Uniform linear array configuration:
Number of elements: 24
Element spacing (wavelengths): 0.75
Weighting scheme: exponential
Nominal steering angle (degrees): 0
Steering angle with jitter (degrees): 1.571
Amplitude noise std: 0.05
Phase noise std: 0.05

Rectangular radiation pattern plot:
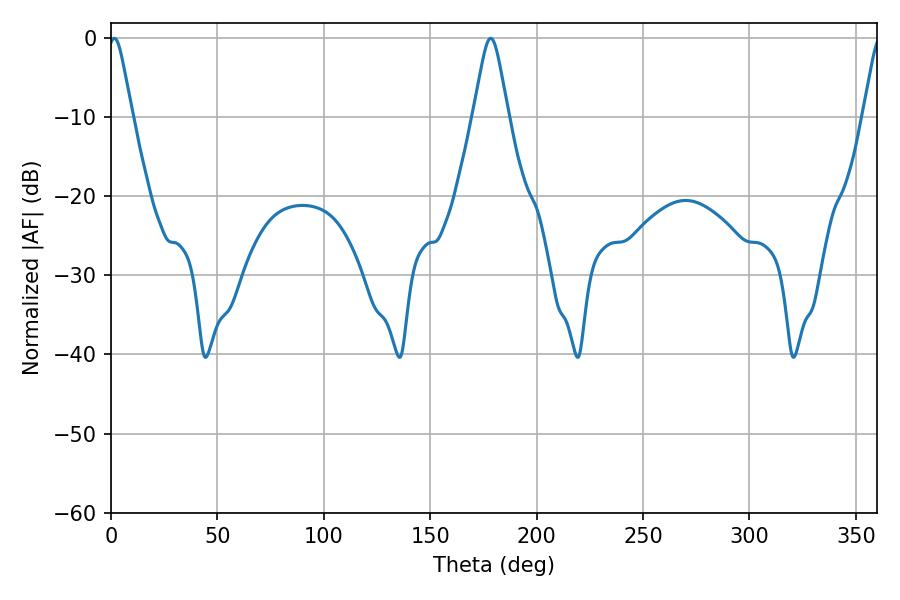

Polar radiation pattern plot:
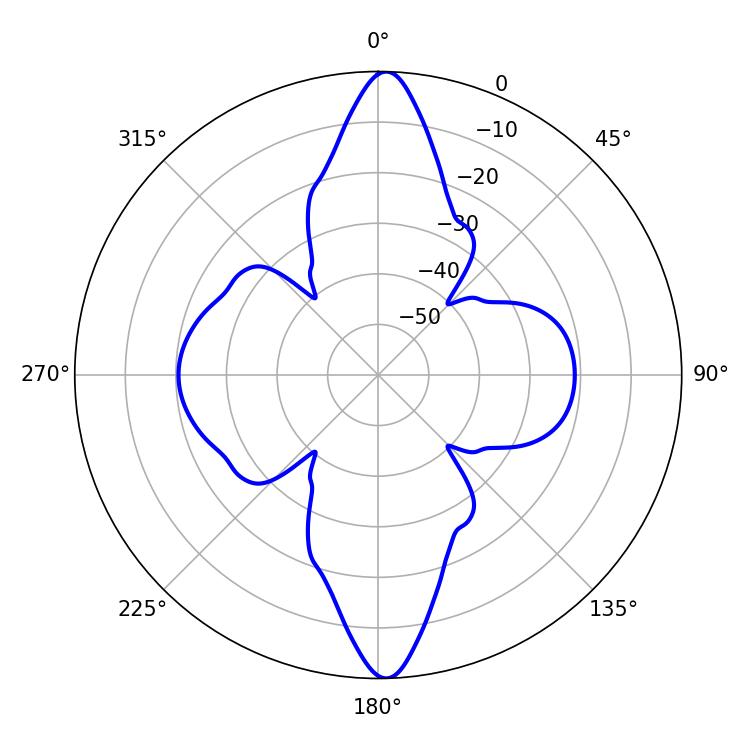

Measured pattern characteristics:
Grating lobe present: TRUE
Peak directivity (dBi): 24.251
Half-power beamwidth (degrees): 5.4
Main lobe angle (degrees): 1.62